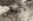
دروس